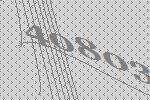
40803